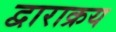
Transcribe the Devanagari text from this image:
द्वाराक्रय